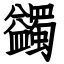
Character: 蠲